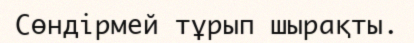
Сөндірмей тұрып шырақты.